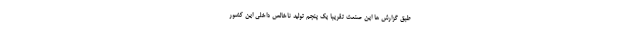
طبق گزارش ها این صنعت تقریباً یک پنجم تولید ناخالص داخلی این کشور